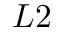
L 2